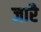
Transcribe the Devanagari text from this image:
जारै